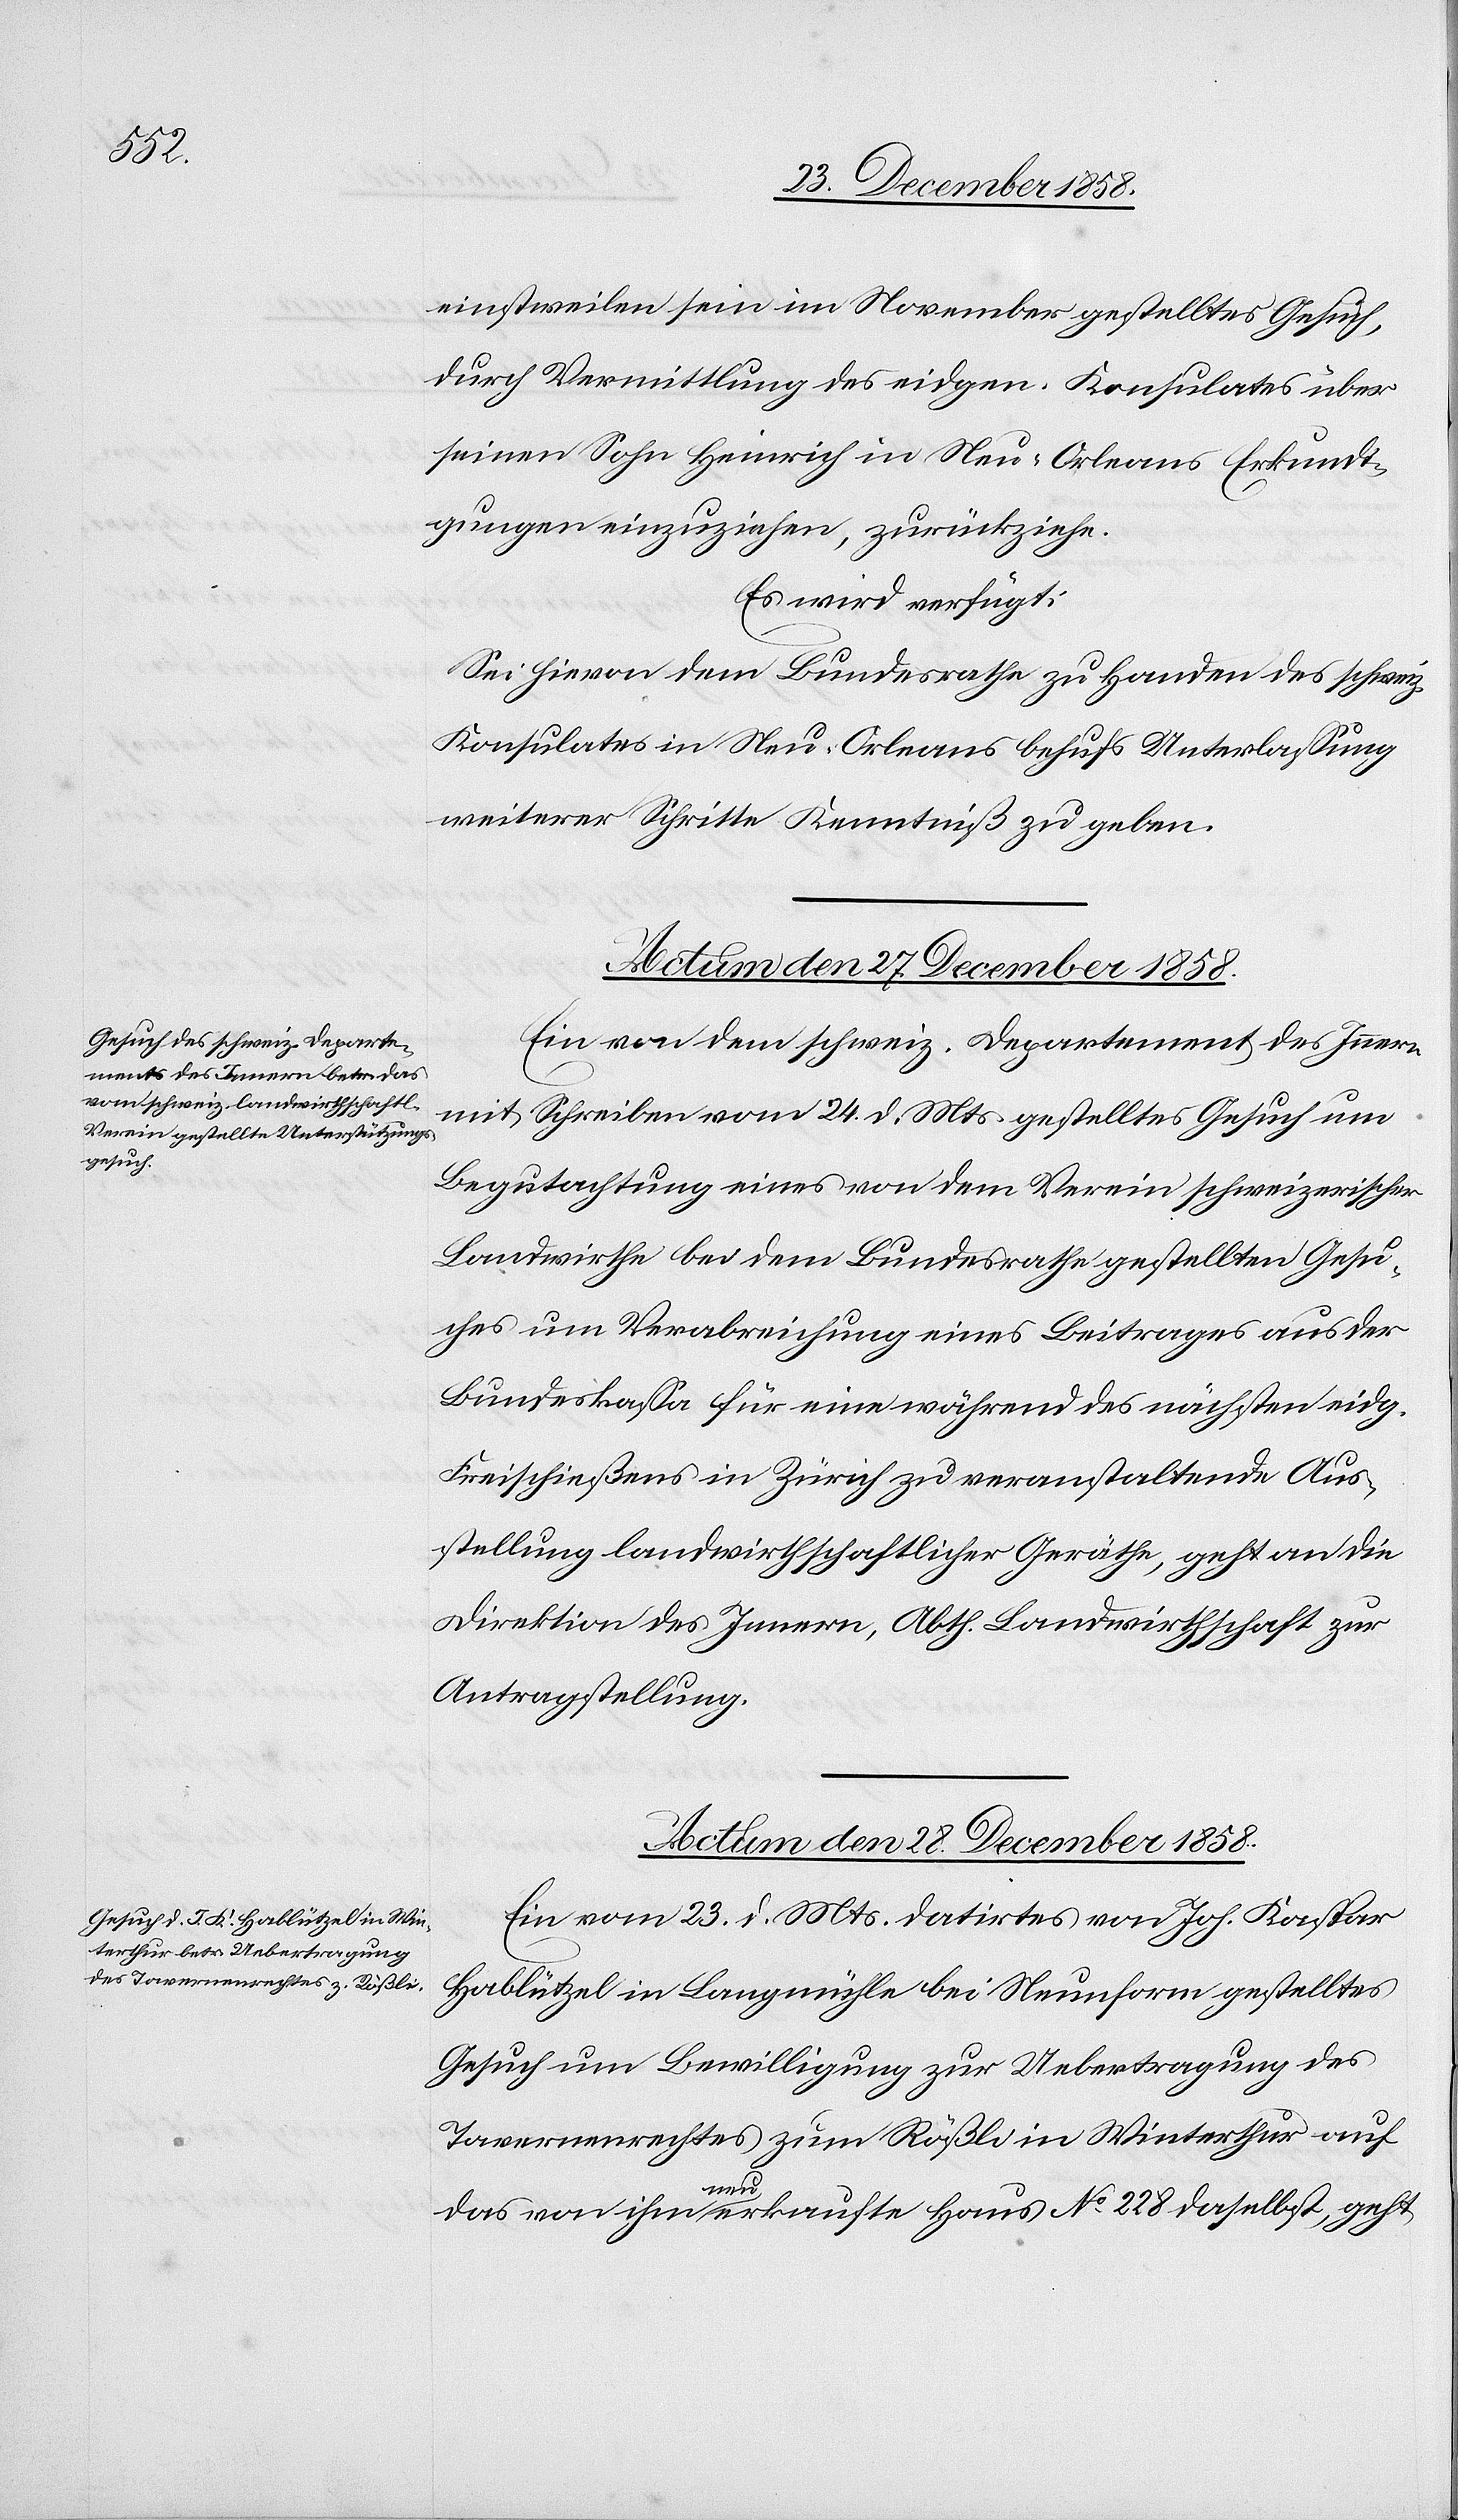
einstweilen sein im November gestelltes Gesuch,
durch Vermittlung des eidgen. Konsulates über
seinen Sohn Heinrich in Neu-Orleans Erkundi¬
gungen einzuziehen, zurückziehe.
Es wird verfügt:
Sei hievon dem Bundesrathe zu Handen des schweiz.
Konsulates in Neu-Orleans behufs Unterlassung
weiterer Schritte Kenntniß zu geben.
Actum den 27. December 1858.
Ein von dem schweiz. Departement des Innern
mit Schreiben vom 24. d. Mts. gestelltes Gesuch um
Begutachtung eines von dem Verein schweizerischer
Landwirthe bei dem Bundesrathe gestellten Gesu¬
ches um Verabreichung eines Beitrages aus der
Bundeskassa für eine während des nächsten eidg.
Freischießens in Zürich zu veranstaltende Aus¬
stellung landwirthschaftlicher Geräthe, geht an die
Direktion des Innern, Abth. Landwirthschaft zur
Antragstellung.
Actum den 28. December 1858.
Ein vom 23. d. Mts. datirtes von Joh. Kaspar
Hablützel in Langmühle bei Neunform [sic!] gestelltes
Gesuch um Bewilligung zur Uebertragung des
Tavernenrechtes zum Rößli in Winterthur auf
das von ihm neu erkaufte Haus No 228 daselbst, geht